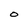
Character: 0